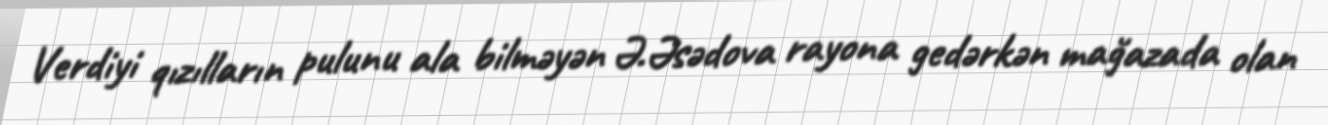
Verdiyi qızılların pulunu ala bilməyən Ə.Əsədova rayona gedərkən mağazada olan